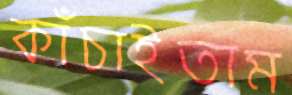
কাঁচাইতাম